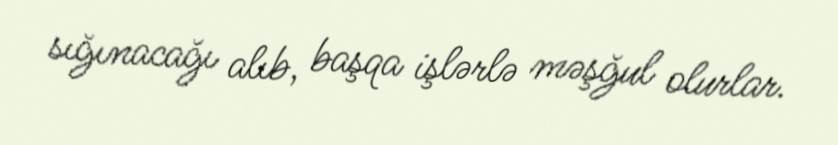
sığınacağı alıb, başqa işlərlə məşğul olurlar.